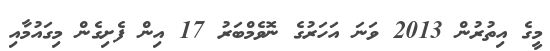
މީގެ އިތުރުން 2013 ވަނަ އަހަރުގެ ނޮވެމްބަރު 17 އިން ފެށިގެން މިގައުމާއި